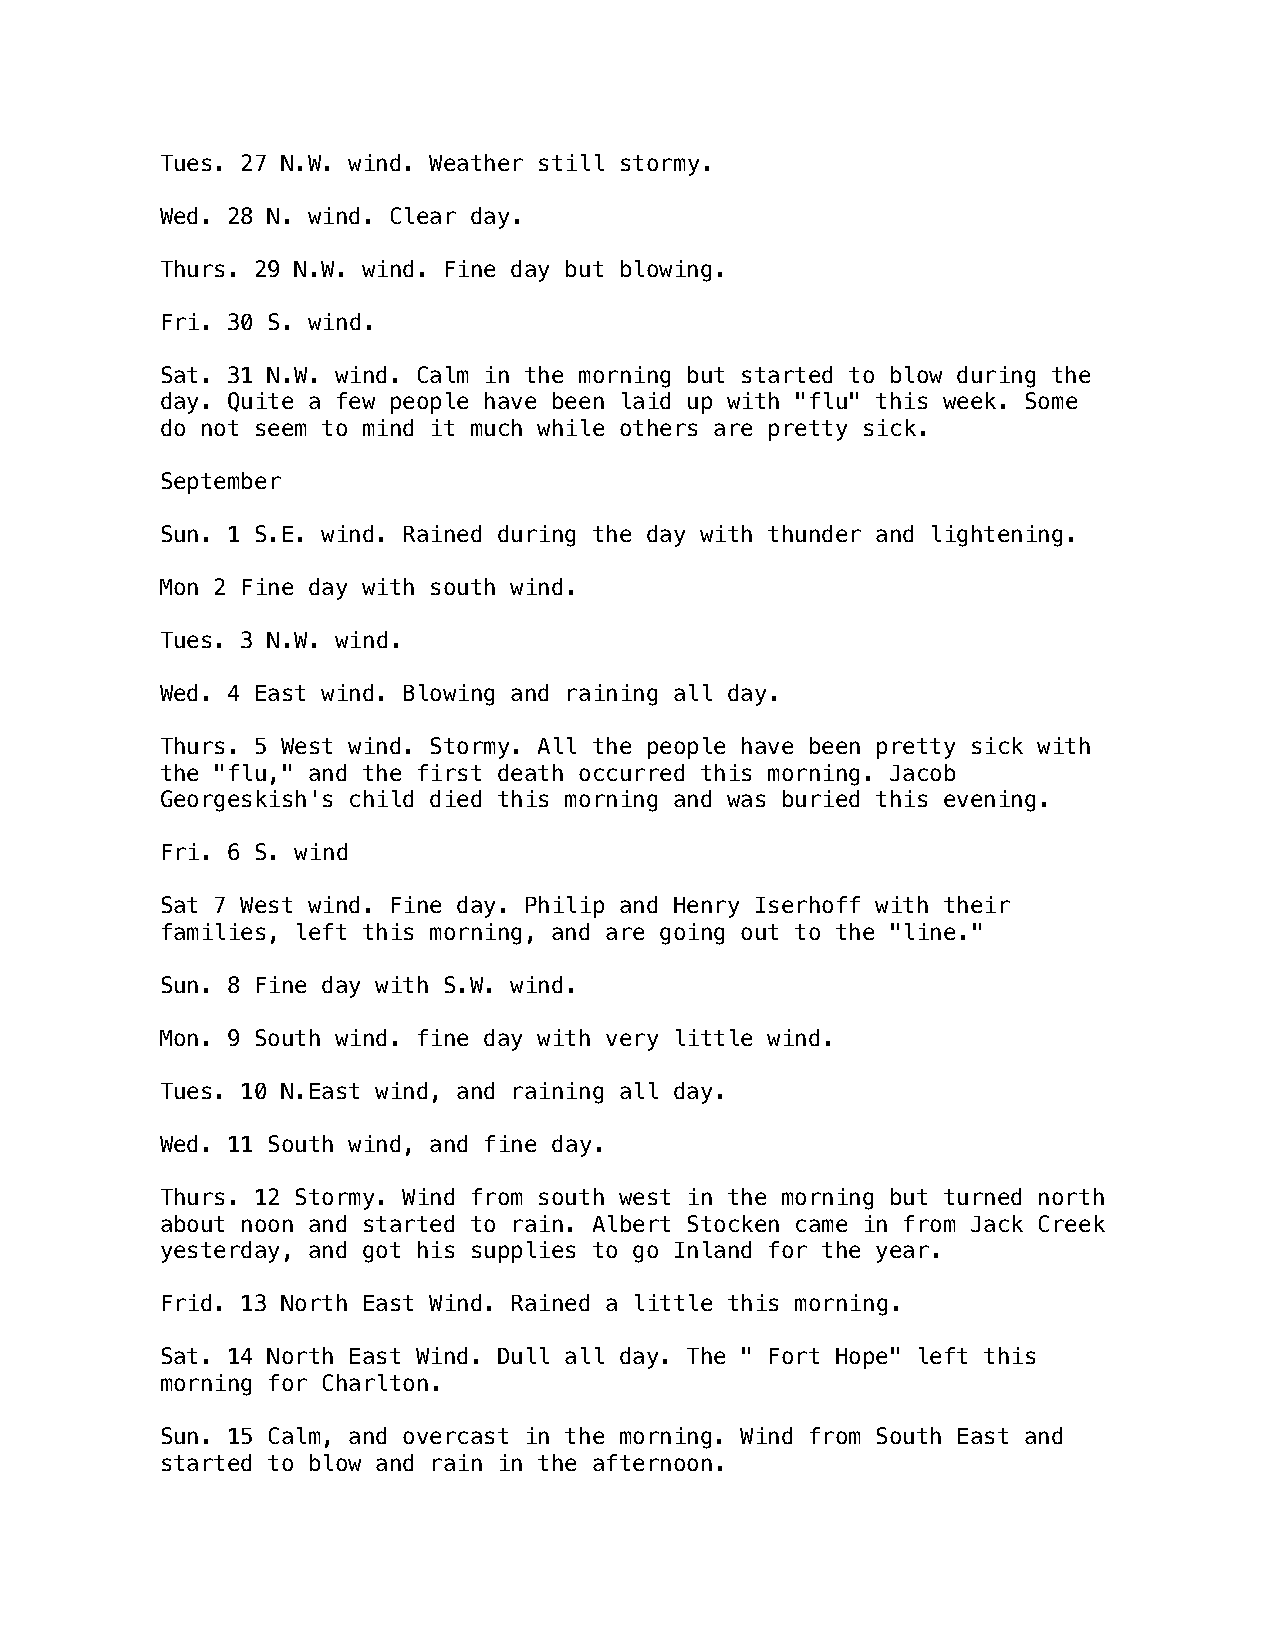
Tues. 27 N.W. wind. Weather still stormy.
 Wed. 28 N. wind. Clear day.
 Thurs. 29 N.W. wind. Fine day but blowing.
 Fri. 30 S. wind.
 Sat. 31 N.W. wind. Calm in the morning but started to blow during the
 day. Quite a few people have been laid up with "flu" this week. Some
 do not seem to mind it much while others are pretty sick.
 September
 Sun. 1 S.E. wind. Rained during the day with thunder and lightening.
 Mon 2 Fine day with south wind.
 Tues. 3 N.W. wind.
 Wed. 4 East wind. Blowing and raining all day.
 Thurs. 5 West wind. Stormy. All the people have been pretty sick with
 the "flu," and the first death occurred this morning. Jacob
 Georgeskish's child died this morning and was buried this evening.
 Fri. 6 S. wind
 Sat 7 West wind. Fine day. Philip and Henry Iserhoff with their
 families, left this morning, and are going out to the "line."
 Sun. 8 Fine day with S.W. wind.
 Mon. 9 South wind. fine day with very little wind.
 Tues. 10 N.East wind, and raining all day.
 Wed. 11 South wind, and fine day.
 Thurs. 12 Stormy. Wind from south west in the morning but turned north
 about noon and started to rain. Albert Stocken came in from Jack Creek
 yesterday, and got his supplies to go Inland for the year.
 Frid. 13 North East Wind. Rained a little this morning.
 Sat. 14 North East Wind. Dull all day. The " Fort Hope" left this
 morning for Charlton.
 Sun. 15 Calm, and overcast in the morning. Wind from South East and
 started to blow and rain in the afternoon.